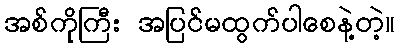
အစ်ကိုကြီး အပြင်မထွက်ပါစေနဲ့တဲ့။